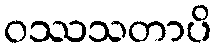
ဝဿသတာပိ